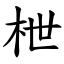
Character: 枻